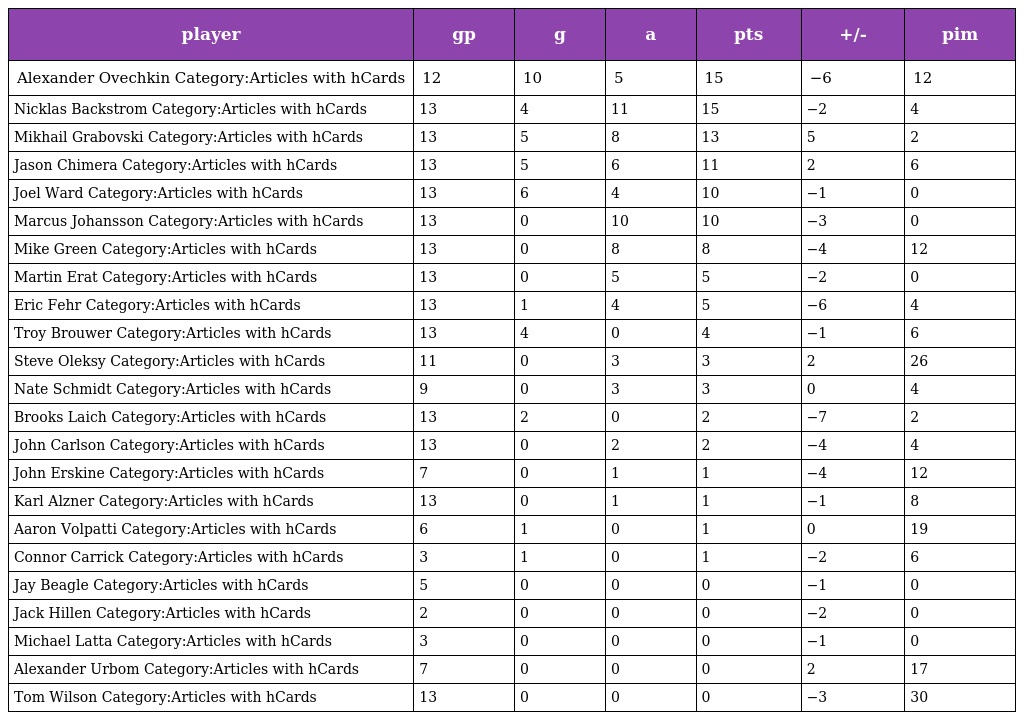
| player | gp | g | a | pts | +/- | pim |
 | --- | --- | --- | --- | --- | --- | --- |
 | Alexander Ovechkin Category:Articles with hCards | 12 | 10 | 5 | 15 | −6 | 12 |
 | Nicklas Backstrom Category:Articles with hCards | 13 | 4 | 11 | 15 | −2 | 4 |
 | Mikhail Grabovski Category:Articles with hCards | 13 | 5 | 8 | 13 | 5 | 2 |
 | Jason Chimera Category:Articles with hCards | 13 | 5 | 6 | 11 | 2 | 6 |
 | Joel Ward Category:Articles with hCards | 13 | 6 | 4 | 10 | −1 | 0 |
 | Marcus Johansson Category:Articles with hCards | 13 | 0 | 10 | 10 | −3 | 0 |
 | Mike Green Category:Articles with hCards | 13 | 0 | 8 | 8 | −4 | 12 |
 | Martin Erat Category:Articles with hCards | 13 | 0 | 5 | 5 | −2 | 0 |
 | Eric Fehr Category:Articles with hCards | 13 | 1 | 4 | 5 | −6 | 4 |
 | Troy Brouwer Category:Articles with hCards | 13 | 4 | 0 | 4 | −1 | 6 |
 | Steve Oleksy Category:Articles with hCards | 11 | 0 | 3 | 3 | 2 | 26 |
 | Nate Schmidt Category:Articles with hCards | 9 | 0 | 3 | 3 | 0 | 4 |
 | Brooks Laich Category:Articles with hCards | 13 | 2 | 0 | 2 | −7 | 2 |
 | John Carlson Category:Articles with hCards | 13 | 0 | 2 | 2 | −4 | 4 |
 | John Erskine Category:Articles with hCards | 7 | 0 | 1 | 1 | −4 | 12 |
 | Karl Alzner Category:Articles with hCards | 13 | 0 | 1 | 1 | −1 | 8 |
 | Aaron Volpatti Category:Articles with hCards | 6 | 1 | 0 | 1 | 0 | 19 |
 | Connor Carrick Category:Articles with hCards | 3 | 1 | 0 | 1 | −2 | 6 |
 | Jay Beagle Category:Articles with hCards | 5 | 0 | 0 | 0 | −1 | 0 |
 | Jack Hillen Category:Articles with hCards | 2 | 0 | 0 | 0 | −2 | 0 |
 | Michael Latta Category:Articles with hCards | 3 | 0 | 0 | 0 | −1 | 0 |
 | Alexander Urbom Category:Articles with hCards | 7 | 0 | 0 | 0 | 2 | 17 |
 | Tom Wilson Category:Articles with hCards | 13 | 0 | 0 | 0 | −3 | 30 |